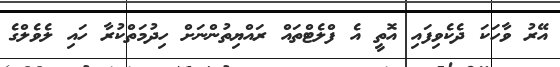
އޭރު ވާހަކަ ދެކެވިފައި އޮތީ އެ ފްލެޓްތައް ރައްޔިތުންނަށް ހިދުމަތްކުރާ ހައި ލެވެލްގެ